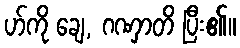
ဟ်ကို ချေ, ဂဏှာတိ ပြီး၏။